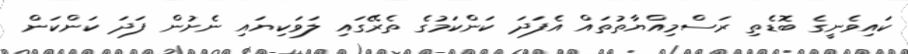
ކައިވެނީގެ ބޮޑެތި ރަސްމިއްޔާތުތައް އެފަދަ ކަަންކަމުގެ ތެރޭގައި ލަވަކިޔައި ނެށުން ފަދަ ކަންކަން